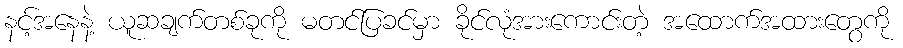
နင့်အနေနဲ့ ယူဆချက်တစ်ခုကို မတင်ပြခင်မှာ ခိုင်လုံအားကောင်းတဲ့ အထောက်အထားတွေကို